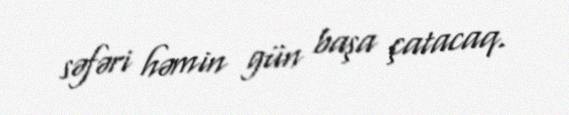
səfəri həmin gün başa çatacaq.